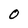
Character: 0